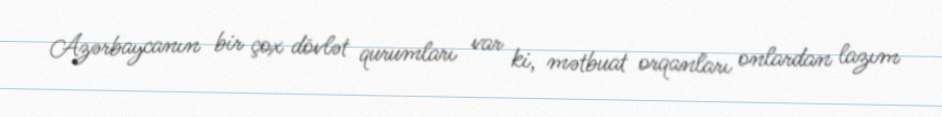
Azərbaycanın bir çox dövlət qurumları var ki, mətbuat orqanları onlardan lazım